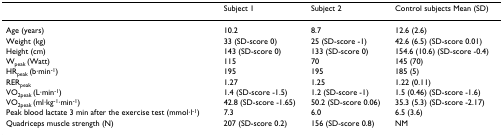
|  | Subject 1 | Subject 2 | Control subjects Mean (SD) |
 | --- | --- | --- | --- |
 | Age (years) | 10.2 | 8.7 | 12.6 (2.6) |
 | Weight (kg) | 33 (SD-score 0) | 25 (SD-score -1) | 42.6 (6.5) (SD-score 0.01) |
 | Height (cm) | 143 (SD-score 0) | 133 (SD-score 0) | 154.6 (10.6) (SD-score -0.4) |
 | Wpeak (Watt) | 115 | 70 | 145 (70) |
 | HRpeak (b·min-1) | 195 | 195 | 185 (5) |
 | RERpeak | 1.27 | 1.25 | 1.22 (0.11) |
 | VO2peak (L·min-1) | 1.4 (SD-score -1.5) | 1.2 (SD-score -1) | 1.5 (0.46) (SD-score -1.6) |
 | VO2peak (ml·kg-1·min-1) | 42.8 (SD-score -1.65) | 50.2 (SD-score 0.06) | 35.3 (5.3) (SD-score -2.17) |
 | Peak blood lactate 3 min after the exercise test (mmol·l-1) | 7.3 | 6.0 | 6.5 (3.6) |
 | Quadriceps muscle strength (N) | 207 (SD-score 0.2) | 156 (SD-score 0.8) | NM |